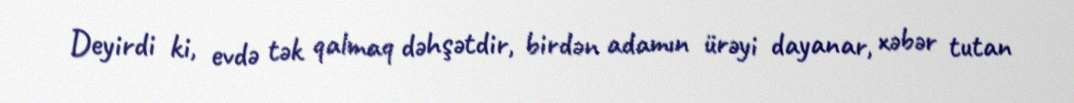
Deyirdi ki, evdə tək qalmaq dəhşətdir, birdən adamın ürəyi dayanar, xəbər tutan